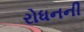
રોધનની